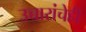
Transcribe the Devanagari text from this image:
उच्चारांचेही